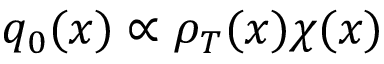
{ q } _ { 0 } ( x ) \propto \rho _ { T } ( x ) \chi ( x )